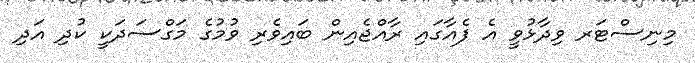
މިނިސްޓަރ ވިދާޅުވީ އެ ފެއާގައި ރާއްޖެއިން ބައިވެރި ވުމުގެ މަގްސަދަކީ ކުދި އަދި